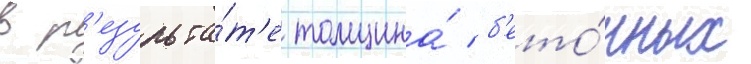
в р'езульта́т'е толщина́ б'ето́нных